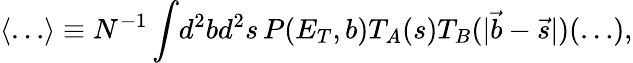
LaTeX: \langle\ldots\rangle\equiv N^{-1}\int\! d^{2}bd^{2}s\, P(E_{T},b)T_{A}(s)T_{B}(|\vec{b}-\vec{s}|)(\ldots),